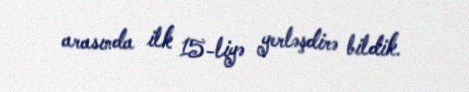
arasında ilk 15-liyə yerləşdirə bildik.